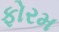
ફોરમ